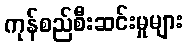
ကုန်စည်စီးဆင်းမှုများ